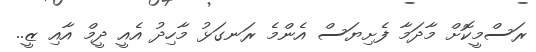
ރަސްމީކޮށް މާދަމާ ފެށިޔަސް އެންމެ ރަނގަޅު މާހިދު އެއީ ދީމް އާއި ޒީ..